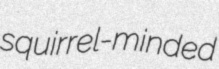
squirrel-minded